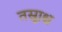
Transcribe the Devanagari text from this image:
तस्रूाश्च